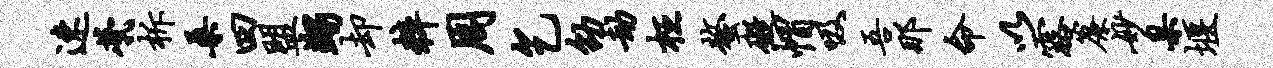
速茕柝桑四盟蠲却粹周乞劭劫枉螯碍帽吸吾那命以露帘妙臬堰